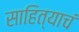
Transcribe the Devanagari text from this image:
साहित्याचं